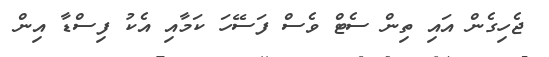
ޖެހިގެން އައި ތިން ސެޓް ވެސް ފަސޭހަ ކަމާއި އެކު ފިސްޑާ އިން